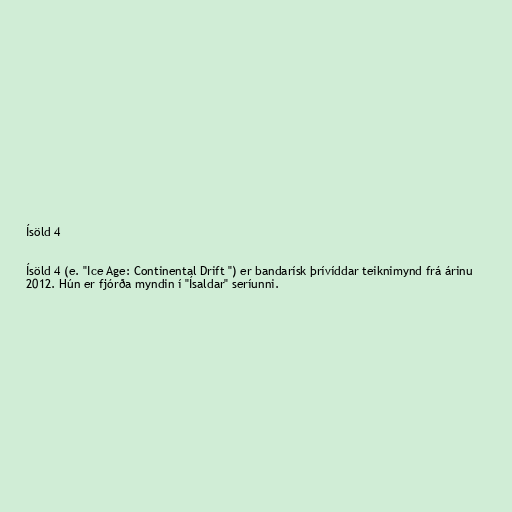
Ísöld 4

Ísöld 4 (e. "Ice Age: Continental Drift ") er bandarísk þrívíddar teiknimynd frá árinu
2012. Hún er fjórða myndin í "Ísaldar" seríunni.